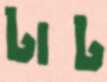
টাট